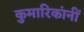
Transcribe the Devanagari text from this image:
कुमारिकांनीं